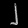
Digit: ၂